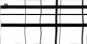
"